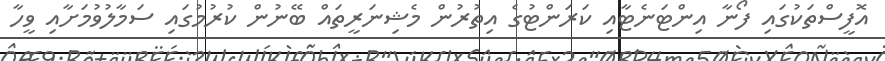
އޮފީސްތަކުގައި ފޯނާ އިންޓަނެޓާއި ކަރަންޓުގެ އިތުރުން މެޝިނަރީތައް ބޭނުން ކުރުމުގައި ސަމާލުވުމަށާއި ވީހާ